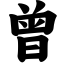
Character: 曾